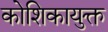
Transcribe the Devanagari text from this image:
कोशिकायुक्त